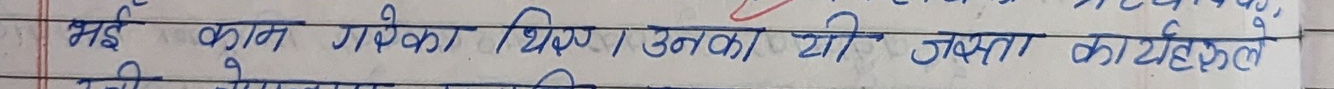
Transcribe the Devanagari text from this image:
भई काम गरेको थिए। उनका यी जस्ता कार्यक्षेत्र